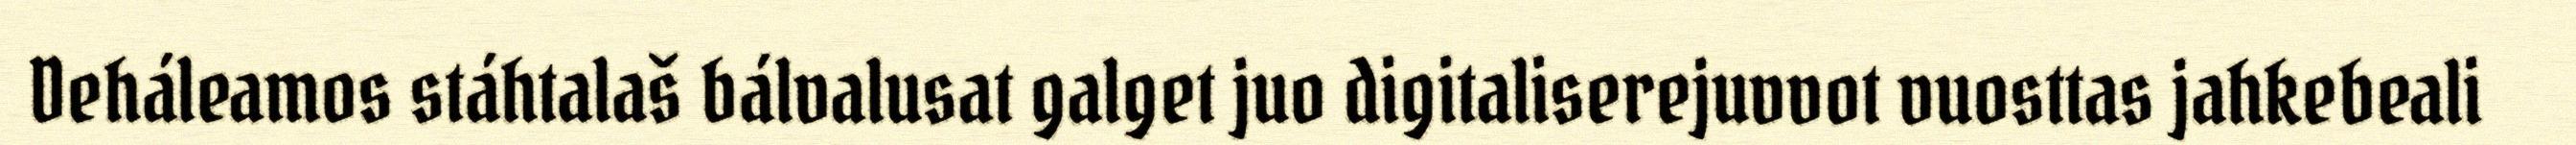
Deháleamos stáhtalaš bálvalusat galget juo digitaliserejuvvot vuosttas jahkebeali